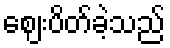
ဈေးပိတ်ခဲ့သည်